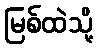
မြစ်ထဲသို့